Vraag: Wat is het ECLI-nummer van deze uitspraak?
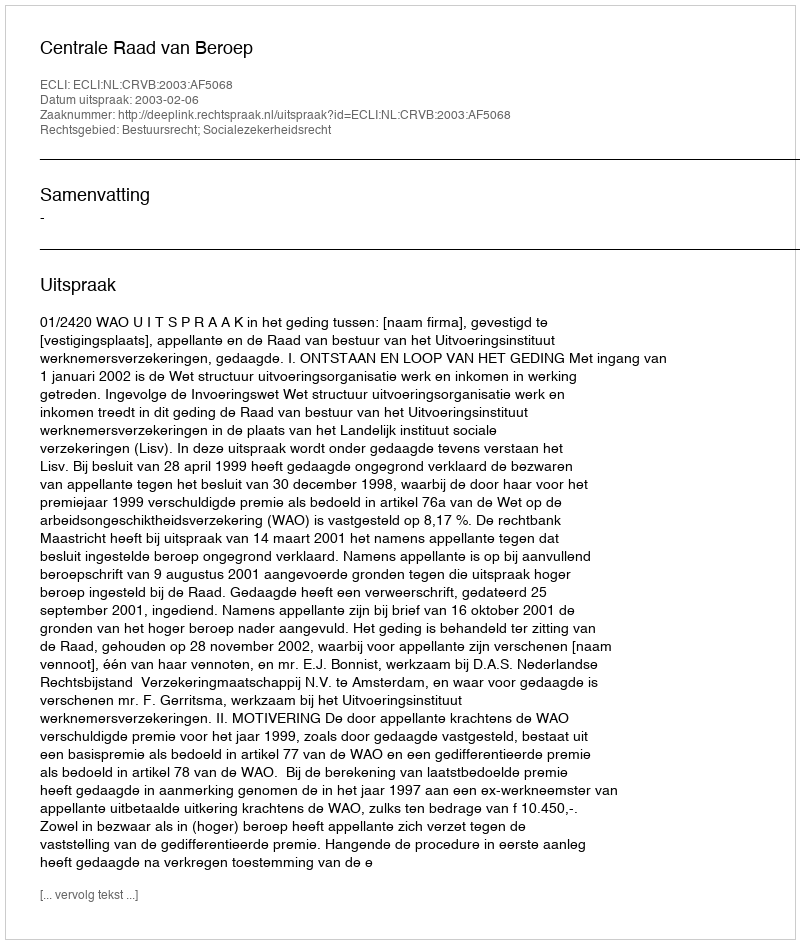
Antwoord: ECLI:NL:CRVB:2003:AF5068